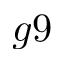
g 9